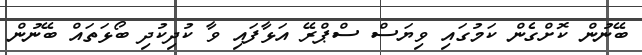
ބޭނުން ކޮށްގެން ކަމުގައި ވިޔަސް ސްޕްރޭ އަޅާފައި ވާ ކުދިކުދި ބޯޅަތައް ބޭނުން